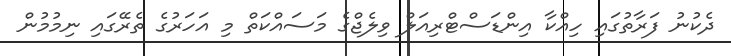
ދެކުނު ފަރާތުގައި ހިއްކާ އިންޑަސްޓްރިއަލް ވިލެޖްގެ މަސައްކަތް މި އަހަރުގެ ތެރޭގައި ނިމުމުން